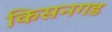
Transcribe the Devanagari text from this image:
किसनगड